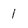
Character: 1